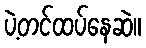
ပဲ့တင်ထပ်နေဆဲ။